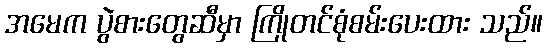
အမေက ပွဲစားတွေဆီမှာ ကြိုတင်စုံစမ်းပေးထား သည်။